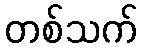
တစ်သက်